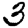
Digit: 3